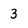
Character: 3